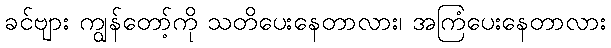
ခင်ဗျား ကျွန်တော့်ကို သတိပေးနေတာလား၊ အကြံပေးနေတာလား